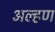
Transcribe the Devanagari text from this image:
अल्हण